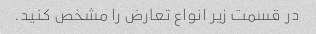
در قسمت زیر انواع تعارض را مشخص کنید.